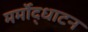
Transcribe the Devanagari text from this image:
मर्मोद्धाटन